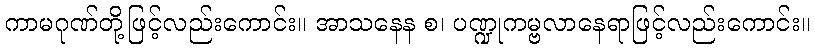
ကာမဂုဏ်တို့ဖြင့်လည်းကောင်း။ အာသနေန စ၊ ပဏ္ဍုကမ္ဗလာနေရာဖြင့်လည်းကောင်း။